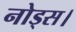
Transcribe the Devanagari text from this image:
नोड्स।